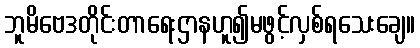
ဘူမိဗေဒတိုင်းတာရေးဌာနဟူ၍မဖွင့်လှစ်ရသေးချေ။